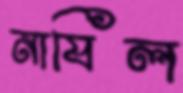
নাযিল